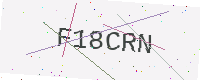
Text: F18CRN